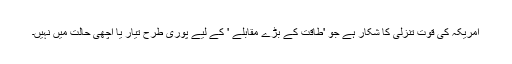
امریکہ کی قوت تنزلی کا شکار ہے جو 'طاقت کے بڑے مقابلے ' کے لیے پوری طرح تیار یا اچھی حالت میں نہیں۔